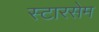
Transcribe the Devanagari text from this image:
स्टारसेम